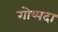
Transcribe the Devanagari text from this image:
गोष्पदा